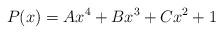
LaTeX: \begin{align*}P(x)=Ax^4+Bx^3+Cx^2+1\end{align*}